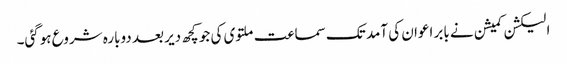
الیکشن کمیشن نے بابر اعوان کی آمد تک سماعت ملتوی کی جو کچھ دیر بعد دوبارہ شروع ہوگئی۔